Vaccination in Burma 1900-1911 - 1900-1911
Year: 1900
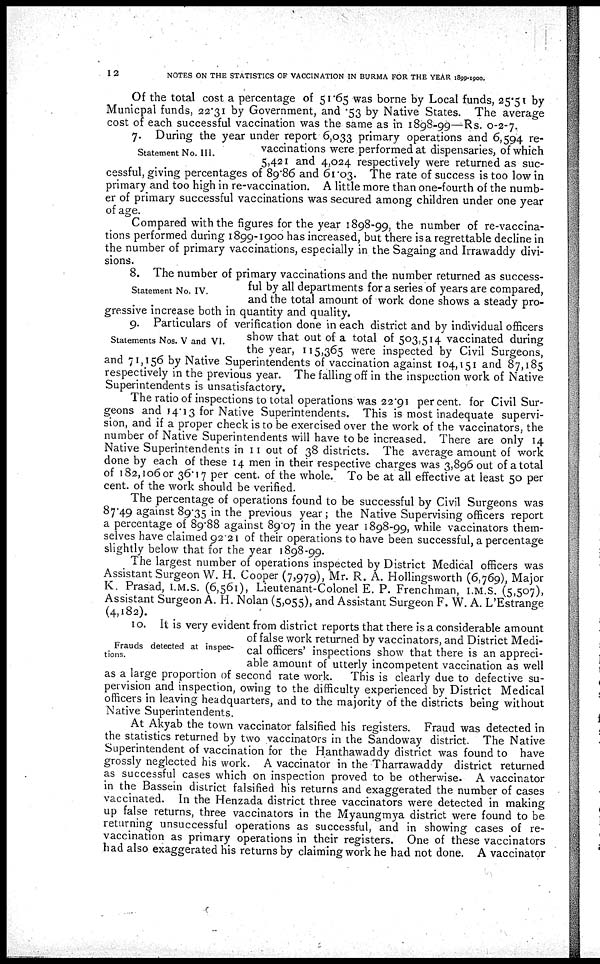
12
NOTES ON THE STATISTICS OF VACCINATION IN BURMA FOR THE YEAR 1899-1900.
Of the total cost a percentage of 51.65 was borne by Local funds, 25.51 by
Municpal funds, 22.31 by Government, and .53 by Native States. The average
cost of each successful vaccination was the same as in 1898-99—Rs. 0-2-7.
Statement No. III.
7. During the year under report 6,033 primary operations and 6,594 re-
vaccinations were performed at dispensaries, of which
5,421 and 4,024 respectively were returned as suc-
cessful, giving percentages of 89.86 and 61.03. The rate of success is too low in
primary and too high in re-vaccination. A little more than one-fourth of the numb-
er of primary successful vaccinations was secured among children under one year
of age.
Compared with the figures for the year 1898-99, the number of re-vaccina-
tions performed during 1899-1900 has increased, but there is a regrettable decline in
the number of primary vaccinations, especially in the Sagaing and Irrawaddy divi-
sions.
Statement No. IV.
8. The number of primary vaccinations and the number returned as success-
ful by all departments for a series of years are compared,
and the total amount of work done shows a steady pro-
gressive increase both in quantity and quality.
Statements Nos. V and VI.
9. Particulars of verification done in each district and by individual officers
show that out of a total of 503,514 vaccinated during
the year, 115,365 were inspected by Civil Surgeons,
and 71,156 by Native Superintendents of vaccination against 104,151 and 87,185
respectively in the previous year. The falling off in the inspection work of Native
Superintendents is unsatisfactory.
The ratio of inspections to total operations was 22.91 per cent. for Civil Sur-
geons and 14.13 for Native Superintendents. This is most inadequate supervi-
sion, and if a proper check is to be exercised over the work of the vaccinators, the
number of Native Superintendents will have to be increased. There are only 14
Native Superintendents in 11 out of 38 districts. The average amount of work
done by each of these 14 men in their respective charges was 3,896 out of a total
of 182,106 or 36.17 per cent. of the whole. To be at all effective at least 50 per
cent. of the work should be verified.
The percentage of operations found to be successful by Civil Surgeons was
87.49 against 89.35 in the previous year ; the Native Supervising officers report
a percentage of 89.88 against 89.07 in the year 1898-99, while vaccinators them-
selves have claimed 92.21 of their operations to have been successful, a percentage
slightly below that for the year 1898-99.
The largest number of operations inspected by District Medical officers was
Assistant Surgeon W. H. Cooper (7,979), Mr. R. A. Hollingsworth (6,769), Major
K. Prasad, I.M.S. (6,561), Lieutenant-Colonel E. P. Frenchman, I.M.S. (5,507),
Assistant Surgeon A. H. Nolan (5,055), and Assistant Surgeon F. W. A. L'Estrange
(4,182).
Frauds detected at inspec-
tions.
10. It is very evident from district reports that there is a considerable amount
of false work returned by vaccinators, and District Medi-
cal officers' inspections show that there is an appreci-
able amount of utterly incompetent vaccination as well
as a large proportion of second rate work. This is clearly due to defective su-
pervision and inspection, owing to the difficulty experienced by District Medical
officers in leaving headquarters, and to the majority of the districts being without
Native Superintendents.
At Akyab the town vaccinator falsified his registers. Fraud was detected in
the statistics returned by two vaccinators in the Sandoway district. The Native
Superintendent of vaccination for the Hanthawaddy district was found to have
grossly neglected his work. A vaccinator in the Tharrawaddy district returned
as successful cases which on inspection proved to be otherwise. A vaccinator
in the Bassein district falsified his returns and exaggerated the number of cases
vaccinated. In the Henzada district three vaccinators were detected in making
up false returns, three vaccinators in the Myaungmya district were found to be
returning unsuccessful operations as successful, and in showing cases of re-
vaccination as primary operations in their registers. One of these vaccinators
had also exaggerated his returns by claiming work he had not done. A vaccinator